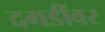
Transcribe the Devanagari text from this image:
दगडींवर